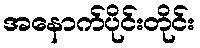
အနောက်ပိုင်းတိုင်း